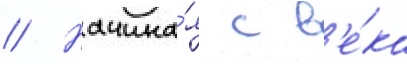
// Начина́я с в'е́ка